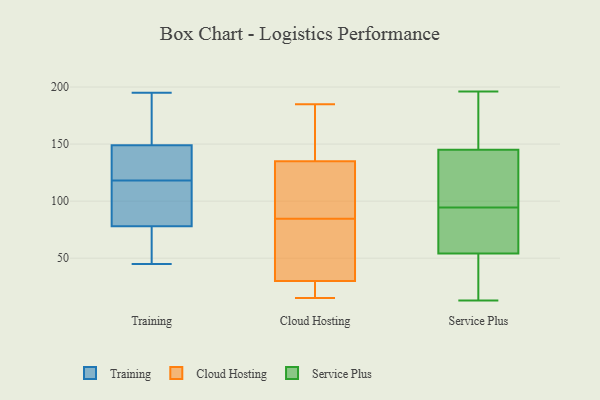
{"axis": {"x": "Energy Usage (MWh)", "y": "Value"}, "legend": ["Cloud Hosting", "Service Plus", "Training"], "data": [{"x": "", "y": 149, "type": "Training"}, {"x": "", "y": 70, "type": "Training"}, {"x": "", "y": 134, "type": "Training"}, {"x": "", "y": 45, "type": "Training"}, {"x": "", "y": 97, "type": "Training"}, {"x": "", "y": 55, "type": "Training"}, {"x": "", "y": 149, "type": "Training"}, {"x": "", "y": 163, "type": "Training"}, {"x": "", "y": 162, "type": "Training"}, {"x": "", "y": 162, "type": "Training"}, {"x": "", "y": 97, "type": "Training"}, {"x": "", "y": 106, "type": "Training"}, {"x": "", "y": 195, "type": "Training"}, {"x": "", "y": 137, "type": "Training"}, {"x": "", "y": 78, "type": "Training"}, {"x": "", "y": 112, "type": "Training"}, {"x": "", "y": 75, "type": "Training"}, {"x": "", "y": 124, "type": "Training"}, {"x": "", "y": 137, "type": "Cloud Hosting"}, {"x": "", "y": 37, "type": "Cloud Hosting"}, {"x": "", "y": 85, "type": "Cloud Hosting"}, {"x": "", "y": 84, "type": "Cloud Hosting"}, {"x": "", "y": 15, "type": "Cloud Hosting"}, {"x": "", "y": 67, "type": "Cloud Hosting"}, {"x": "", "y": 22, "type": "Cloud Hosting"}, {"x": "", "y": 39, "type": "Cloud Hosting"}, {"x": "", "y": 133, "type": "Cloud Hosting"}, {"x": "", "y": 121, "type": "Cloud Hosting"}, {"x": "", "y": 133, "type": "Cloud Hosting"}, {"x": "", "y": 49, "type": "Cloud Hosting"}, {"x": "", "y": 143, "type": "Cloud Hosting"}, {"x": "", "y": 171, "type": "Cloud Hosting"}, {"x": "", "y": 185, "type": "Cloud Hosting"}, {"x": "", "y": 100, "type": "Cloud Hosting"}, {"x": "", "y": 153, "type": "Cloud Hosting"}, {"x": "", "y": 23, "type": "Cloud Hosting"}, {"x": "", "y": 19, "type": "Cloud Hosting"}, {"x": "", "y": 18, "type": "Cloud Hosting"}, {"x": "", "y": 94, "type": "Service Plus"}, {"x": "", "y": 70, "type": "Service Plus"}, {"x": "", "y": 55, "type": "Service Plus"}, {"x": "", "y": 172, "type": "Service Plus"}, {"x": "", "y": 32, "type": "Service Plus"}, {"x": "", "y": 95, "type": "Service Plus"}, {"x": "", "y": 53, "type": "Service Plus"}, {"x": "", "y": 50, "type": "Service Plus"}, {"x": "", "y": 154, "type": "Service Plus"}, {"x": "", "y": 97, "type": "Service Plus"}, {"x": "", "y": 192, "type": "Service Plus"}, {"x": "", "y": 122, "type": "Service Plus"}, {"x": "", "y": 136, "type": "Service Plus"}, {"x": "", "y": 56, "type": "Service Plus"}, {"x": "", "y": 13, "type": "Service Plus"}, {"x": "", "y": 196, "type": "Service Plus"}]}